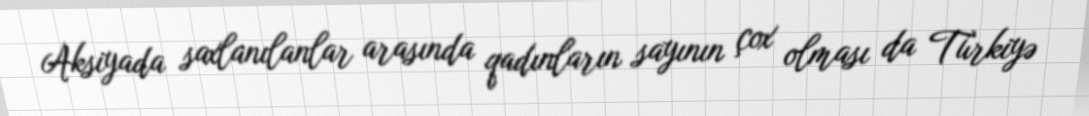
Aksiyada saxlanılanlar arasında qadınların sayının çox olması da Türkiyə